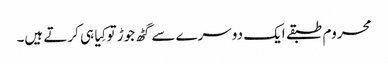
محروم طبقے ایک دوسرے سے گٹھ جوڑ تو کِیا ہی کرتے ہیں۔